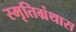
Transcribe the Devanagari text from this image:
स्मृतिग्रंथास